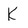
Character: K